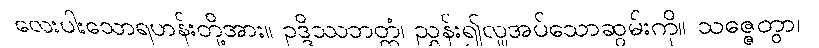
လေးပါးသောရဟန်းတို့အား။ ဥဒ္ဒိဿဘတ္တံ၊ ညွှန်း၍လှူအပ်သောဆွမ်းကို။ သဇ္ဇေတွာ၊